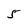
Character: 5